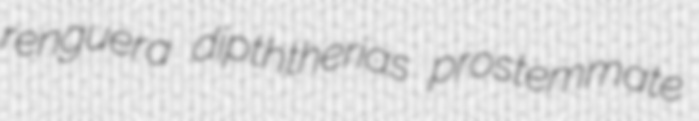
renguera dipththerias prostemmate